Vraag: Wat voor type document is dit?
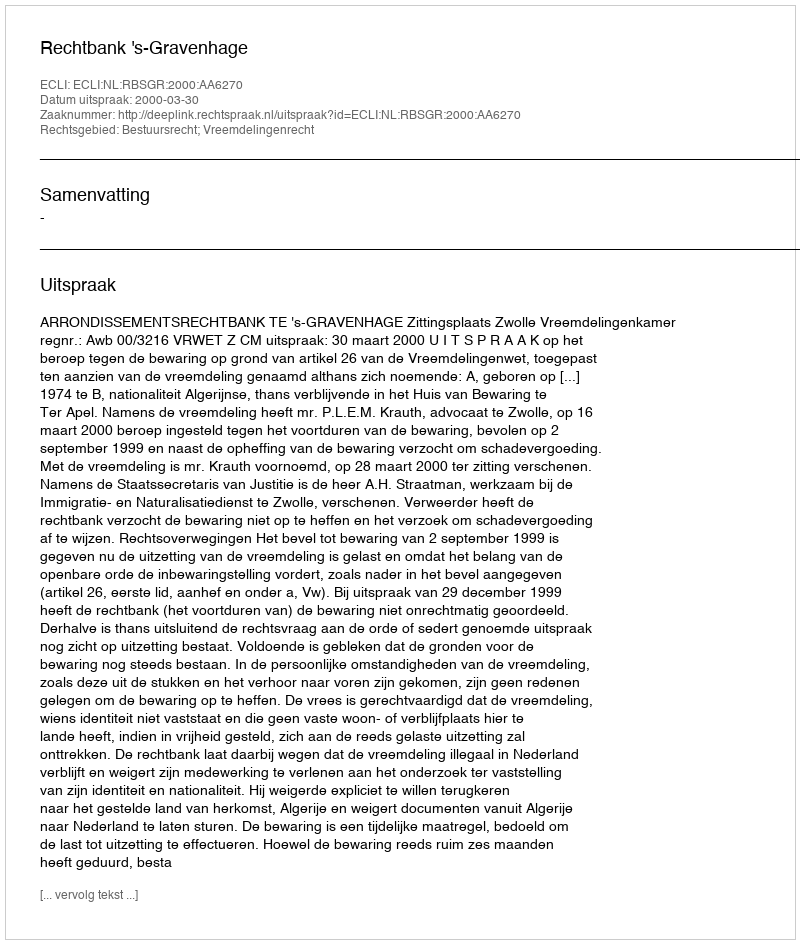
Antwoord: Uitspraak